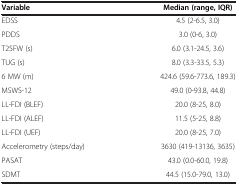
| Variable | Median (range, IQR) |
 | --- | --- |
 | EDSS | 4.5 (2-6.5, 3.0) |
 | PDDS | 3.0 (0-6, 3.0) |
 | T25FW (s) | 6.0 (3.1-24.5, 3.6) |
 | TUG (s) | 8.0 (3.3-33.5, 5.3) |
 | 6 MW (m) | 424.6 (59.6-773.6, 189.3) |
 | MSWS-12 | 49.0 (0-93.8, 44.8) |
 | LL-FDI (BLEF) | 20.0 (8-25, 8.0) |
 | LL-FDI (ALEF) | 11.5 (5-25, 8.8) |
 | LL-FDI (UEF) | 20.0 (8-25, 7.0) |
 | Accelerometry (steps/day) | 3630 (419-13136, 3635) |
 | PASAT | 43.0 (0.0-60.0, 19.8) |
 | SDMT | 44.5 (15.0-79.0, 13.0) |